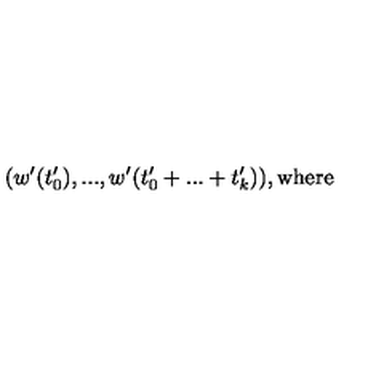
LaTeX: ( w ^ { \prime } ( t _ { 0 } ^ { \prime } ) , . . . , w ^ { \prime } ( t _ { 0 } ^ { \prime } + . . . + t _ { k } ^ { \prime } ) ) , \mathrm { w h e r e }